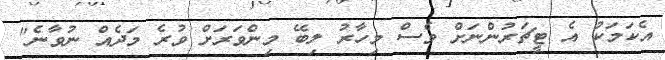
އެކަމަކު އެ ޓީޗަރުންނަށް ވެސް މިހާރު ލިބޭ މިންވަރަށް ވުރެ މަދެއް ނުވާނެ"